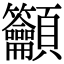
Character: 𥸤